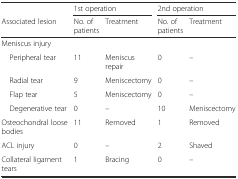
|  | <COLSPAN=2> 1st operation | <COLSPAN=2> 2nd operation |
 | Associated lesion | No. of patients | Treatment | No. of patients | Treatment |
 | --- | --- | --- | --- | --- |
 | <COLSPAN=5> Meniscus injury |
 | Peripheral tear | 11 | Meniscus repair | 0 | – |
 | Radial tear | 9 | Meniscectomy | 0 | – |
 | Flap tear | 5 | Meniscectomy | 0 | – |
 | Degenerative tear | 0 | – | 10 | Meniscectomy |
 | Osteochondral loose bodies | 11 | Removed | 1 | Removed |
 | ACL injury | 0 | – | 2 | Shaved |
 | Collateral ligament tears | 1 | Bracing | 0 | – |